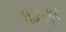
ઘઝાફર